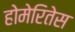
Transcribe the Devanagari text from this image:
होमेरितेस